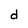
Character: d